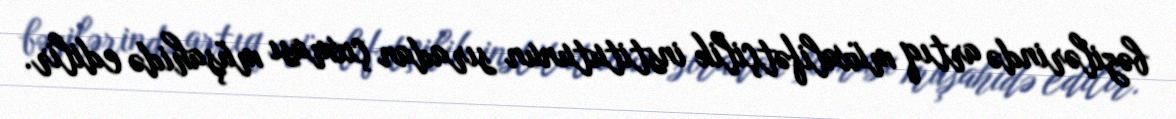
bəzilərində artıq müxalifətçilik institutunun sıradan çıxması müşahidə edilir.